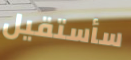
سأستقيل